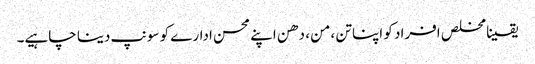
یقینا مخلص افراد کو اپنا تن ،من ، دھن اپنے محسن ادارے کو سونپ دینا چاہیے۔